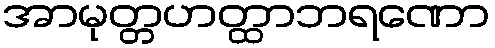
အာမုတ္တဟတ္ထာဘရဏော